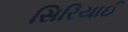
સિરિયાઈ